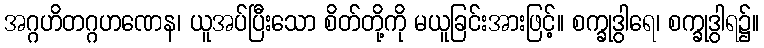
အဂ္ဂဟိတဂ္ဂဟဏေန၊ ယူအပ်ပြီးသော စိတ်တို့ကို မယူခြင်းအားဖြင့်။ စက္ခုဒွါရေ၊ စက္ခုဒွါရ၌။